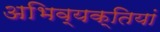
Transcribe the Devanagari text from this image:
अभिव्‍यक्तियां